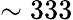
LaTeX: \sim 333